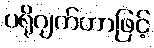
ပရိုဂျက်တာဖြင့်